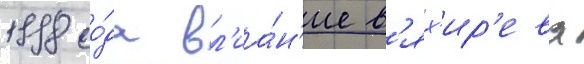
1998 го́да вл'иа́н'ие в'ях'ир'ева